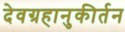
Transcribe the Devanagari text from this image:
देवग्रहानुकीर्तन